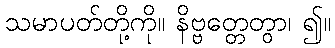
သမာပတ်တို့ကို။ နိဗ္ဗတ္တေတွာ၊ ၍။